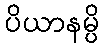
ပိယာနမ္ပိ